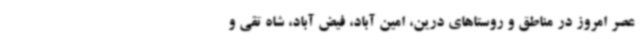
عصر امروز در مناطق و روستاهای درین، امین آباد، فیض آباد، شاه تقی و